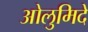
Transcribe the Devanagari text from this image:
ओलुमिदे